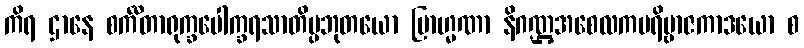
ကိရ ဌာနေ စင်္ကီတာရုက္ခပေါက္ခရသာတိပ္ပဘုတယော ဗြာဟ္မဏာ နိဂဏ္ဌအစေလကပရိဗ္ဗာဇကာဒယော စ